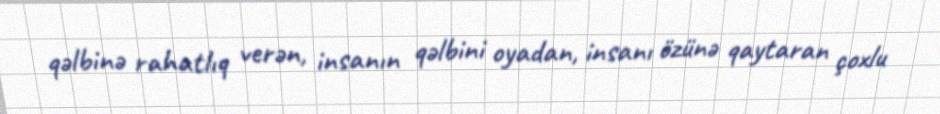
qəlbinə rahatlıq verən, insanın qəlbini oyadan, insanı özünə qaytaran çoxlu